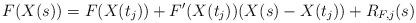
LaTeX: \begin{align*}F(X(s)) = F(X(t_j)) + F'(X(t_j)) (X(s) - X(t_j)) + R_{F,j}(s)\end{align*}